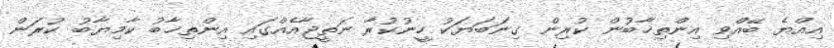
އިއްޔެ ބޭއްވި އިންތިޚާބުން ކުރިން ގިނަބަޔަކު ހީނުކުރާ ނަތީޖާއެއްގައި އިންތިޚާބު ކާމިޔާބު ކުރަން